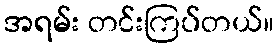
အရမ်း တင်းကြပ်တယ်။